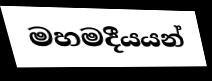
මහමදීයයන්